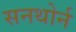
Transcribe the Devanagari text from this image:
सनथोर्न